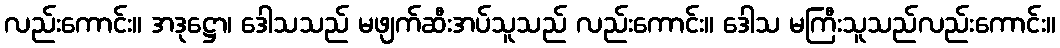
လည်းကောင်း။ အဒုဋ္ဌော၊ ဒေါသသည် မဖျက်ဆီးအပ်သူသည် လည်းကောင်း။ ဒေါသ မကြီးသူသည်လည်းကောင်း။